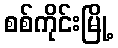
စစ်ကိုင်းမြို့